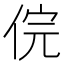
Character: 俒